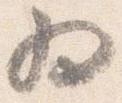
為